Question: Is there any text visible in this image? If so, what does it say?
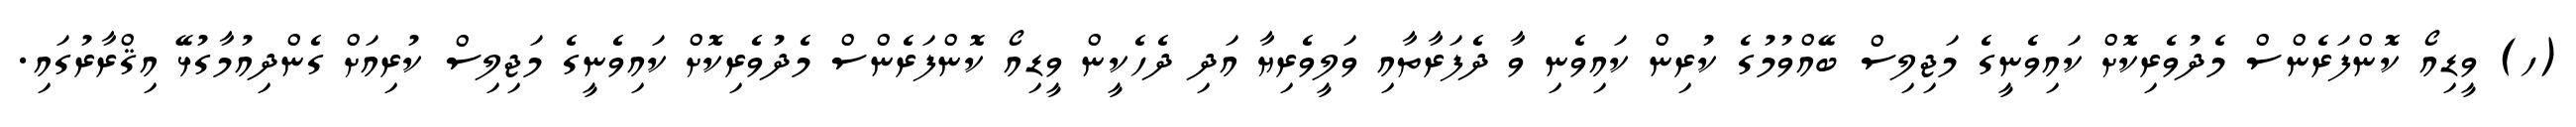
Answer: (ހ) ވީޑިއޯ ކޮންފަރެންސް މެދުވެރިކޮށް ކައިވެނީގެ މަޖިލިސް ބޭއްވުމުގެ ކުރިން ކައިވެނި ވާ ދެފަރާތާއި ވަލީވެރިޔާ އަދި ދެހެކީން ވީޑިއޯ ކޮންފަރެންސް މެދުވެރިކޮށް ކައިވެނީގެ މަޖިލިސް ކުރިއަށް ގެންދިއުމާގުޅޭ އިޤްރާރުގައި.